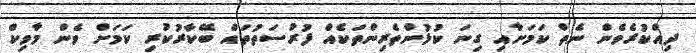
ދިއްކުރެވެން ނެތް ކަމަށާއި ގިނަ ކުޅުންތެރިންތަކެއް ފުރުސަތުތައް ބޭކާރުކުރި ކަމަށް ވެން މާވިކް